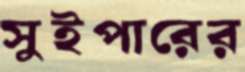
সুইপারের